Vaccination in the Punjab 1883-1896 - 1883-1896
Year: 1883
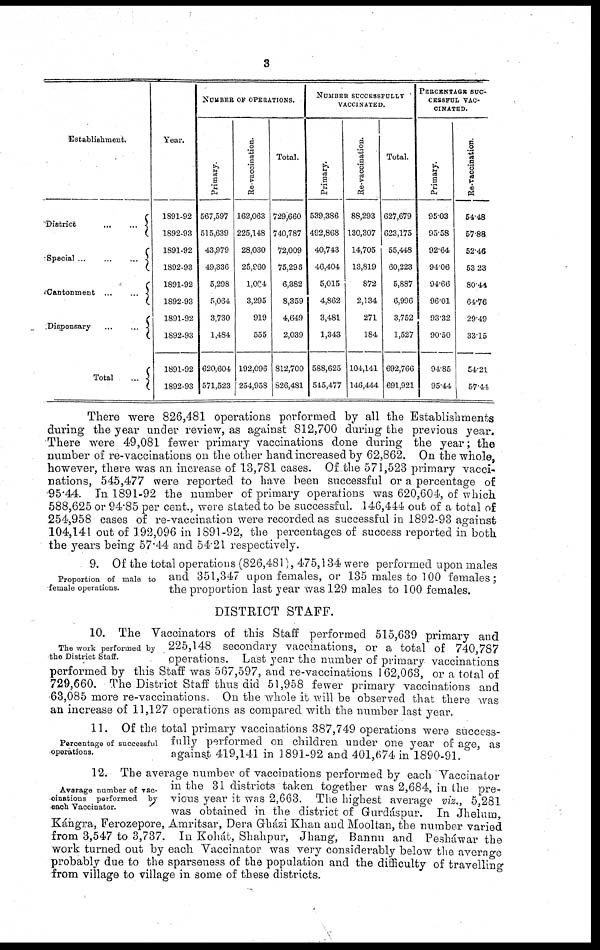
3
Establishment.
District
...
...
Special
...
...
...
Cantonment...
... ...
Dispensary
...
... ...
Total
...
Year.
1891-92
1892-93
1891-92
1892-93
1891-92
1892-93
1891-92
1892-93
1891-92
1892-93
NUMBER OF OPERATIONS.
Primary.
567,597
515,639
43,979
49,336
5,298
5,064
3,730
1,484
620,604
571,523
Re-vaccination.
162,063
225,148
28,030
25,960
1,084
3,295
919
555
192,096
254,958
Total.
729,660
740,787
72,009
75,298
6,382
8,359
4,649
2,039
812,700
826,481
NUMBER SUCCESSFULLY
VACCINATED.
Primary.
539,386
492,868
40,743
46.404
5,015
4,862
3,481
1,343
588,625
545,477
Re-vaccination.
88,293
130,307
14,705
13,819
872
2,134
271
184
104,141
146,444
Total.
627,679
623,175
55,448
60,223
5,887
6,996
3,752
1,527
692,766
691,921
PERCENTAGE SUC-
CESSFUL VAC-
CINATED.
Primary.
95.03
95.58
92.64
94.06
94.66
96.01
93.32
90.50
94.85
95.44
Re-vaccination.
54.48
57.88
52.46
53.23
80.44
64.76
29.49
33.15
54.21
57.44
There were 826,481 operations performed by all the Establishments
during the year under review, as against 812,700 during the previous year..
There were 49,081 fewer primary vaccinations done during the year; the
number of re-vaccinations on the other hand increased by 62,862. On the whole,
however, there was an increase of 13,781 cases. Of the 571,523 primary vacci-
nations, 545,477 were reported to have been successful or a percentage of
95.44. In 1891-92 the number of primary operations was 620,604, of which
588,625 or 94.85 per cent., were stated to be successful. .146,444 out of a total of
254,958 cases of re-vaccination were recorded as successful in 1892-93 against
104,141 out of 192,096 in 1891-92, the percentages of success reported in both
the years being 57.44 and 54.21 respectively.
Proportion of male to
female operations.
9. Of the total operations (826,481), 475,134 were performed upon males
and 351,347 upon females, or 135 males to 100 females;
the proportion last year was 129 males to 100 females.
DISTRICT STAFF.
The work performed by
the District Staff.
10. The Vaccinators of this Staff performed 515,639 primary and
225,148 secondary vaccinations, or a total of 740,787
operations. Last year the number of primary vaccinations
performed by this Staff was 567,597, and re-vaccinations 1 62,063, or a total of
729,660. The District Staff thus did 51,958 fewer primary vaccinations and
63,085 more re-vaccinations. On the whole it will be observed that there was
an increase of 11,127 operations as compared with the number last year.
Percentage of successful
operations.
11. Of the total primary vaccinations 387,749 operations were success-
fully performed on children under one year of age, as
against 419,141 in 1891-92 and 401,674 in 1890-91.
Avarage number of vac¬
cinatious performed by-
each Vaccinator.
12. The average number of vaccinations performed by each Vaccinator
in the 31 districts taken together was 2,684, in the pre-
vious year it was 2,663. The highest average viz., 5,281
was obtained in the district of Gurdáspur. In Jhelum,
Kángra, Ferozepore, Amritsar, Dera Gházi Khan and Mooltan, the number varied
from 3,547 to 3,737. In Kohát, Shahpur, Jhang, Bannu and Pesháwar the
work turned out by each Vaccinator- was very considerably below the average
probably due to the sparseness of the population and the difficulty of travelling
from village to village in some of these districts.